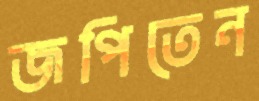
জপিতেন